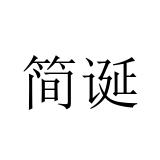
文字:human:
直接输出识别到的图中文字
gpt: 简诞